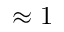
\approx 1